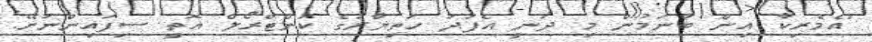
"އެމެރިކާ އިން ބުނަމުން މި ދަނީ އެފަދަ ހަތިޔާރުގެ ކޮންޓްރޯލް އޮތީ ސިފައިންނަށޭ.